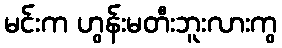
မင်းက ဟွန်းမတီးဘူးလားကွ